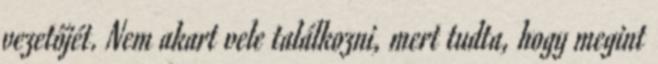
vezetőjét. Nem akart vele találkozni, mert tudta, hogy megint